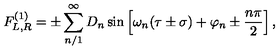
F _ { L , R } ^ { ( 1 ) } = \pm \sum _ { n / 1 } ^ { \infty } D _ { n } \sin \left[ \omega _ { n } ( \tau \pm \sigma ) + \varphi _ { n } \pm \frac { n \pi } { 2 } \right] ,